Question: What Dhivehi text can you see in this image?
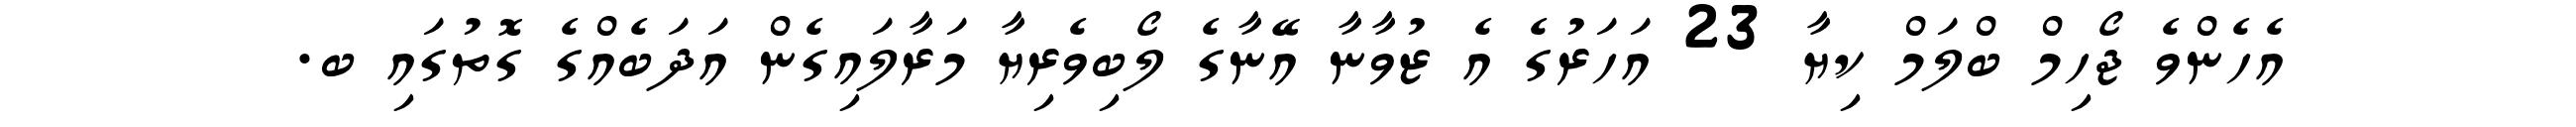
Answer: އެހެންވެ ޖޯހިމް ބްލަމް ކިޔާ 23 އަހަރުގެ އެ ޒުވާނާ އޭނާގެ ލޯބިވެރިޔާ މަރާލައިގެން އަދަބެއްގެ ގޮތުގައި ބ.